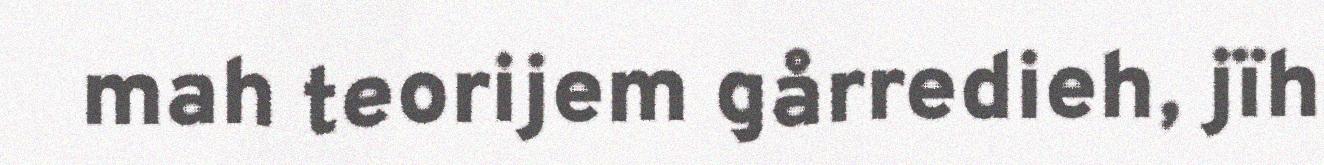
mah teorijem gårredieh, jïh